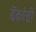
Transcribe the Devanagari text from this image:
बॅकांची